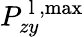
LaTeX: P_{zy}^{\mathrm{~l~},\operatorname*{max}}